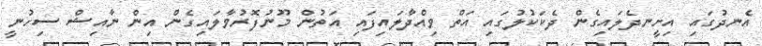
އެނދުގައި އިށީނދެލައިގެން ދެކަކުލުގައި އަތް ވިއްދާލައިފައި އަތުން މޫނުފޮރުވާލައިގެން އިން ނާއިޝް ސިހުނީ